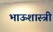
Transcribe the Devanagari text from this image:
भाऊशास्त्री